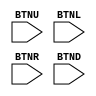
`timescale 1ns / 1ps
//////////////////////////////////////////////////////////////////////////////////
// Company: 
// Engineer: 
// 
// Design Name: 
// Module Name: Navigation
// Project Name: 
// Target Devices: 
// Tool Versions: 
// Description: 
// 
// Dependencies: 
// 
// Revision:
// Revision 0.01 - File Created
// Additional Comments:
// 
//////////////////////////////////////////////////////////////////////////////////


module Navigation(
    input BTNU,
    input BTNL,
    input BTNR,
    input BTND
    );
endmodule